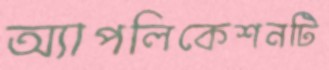
অ্যাপলিকেশনটি